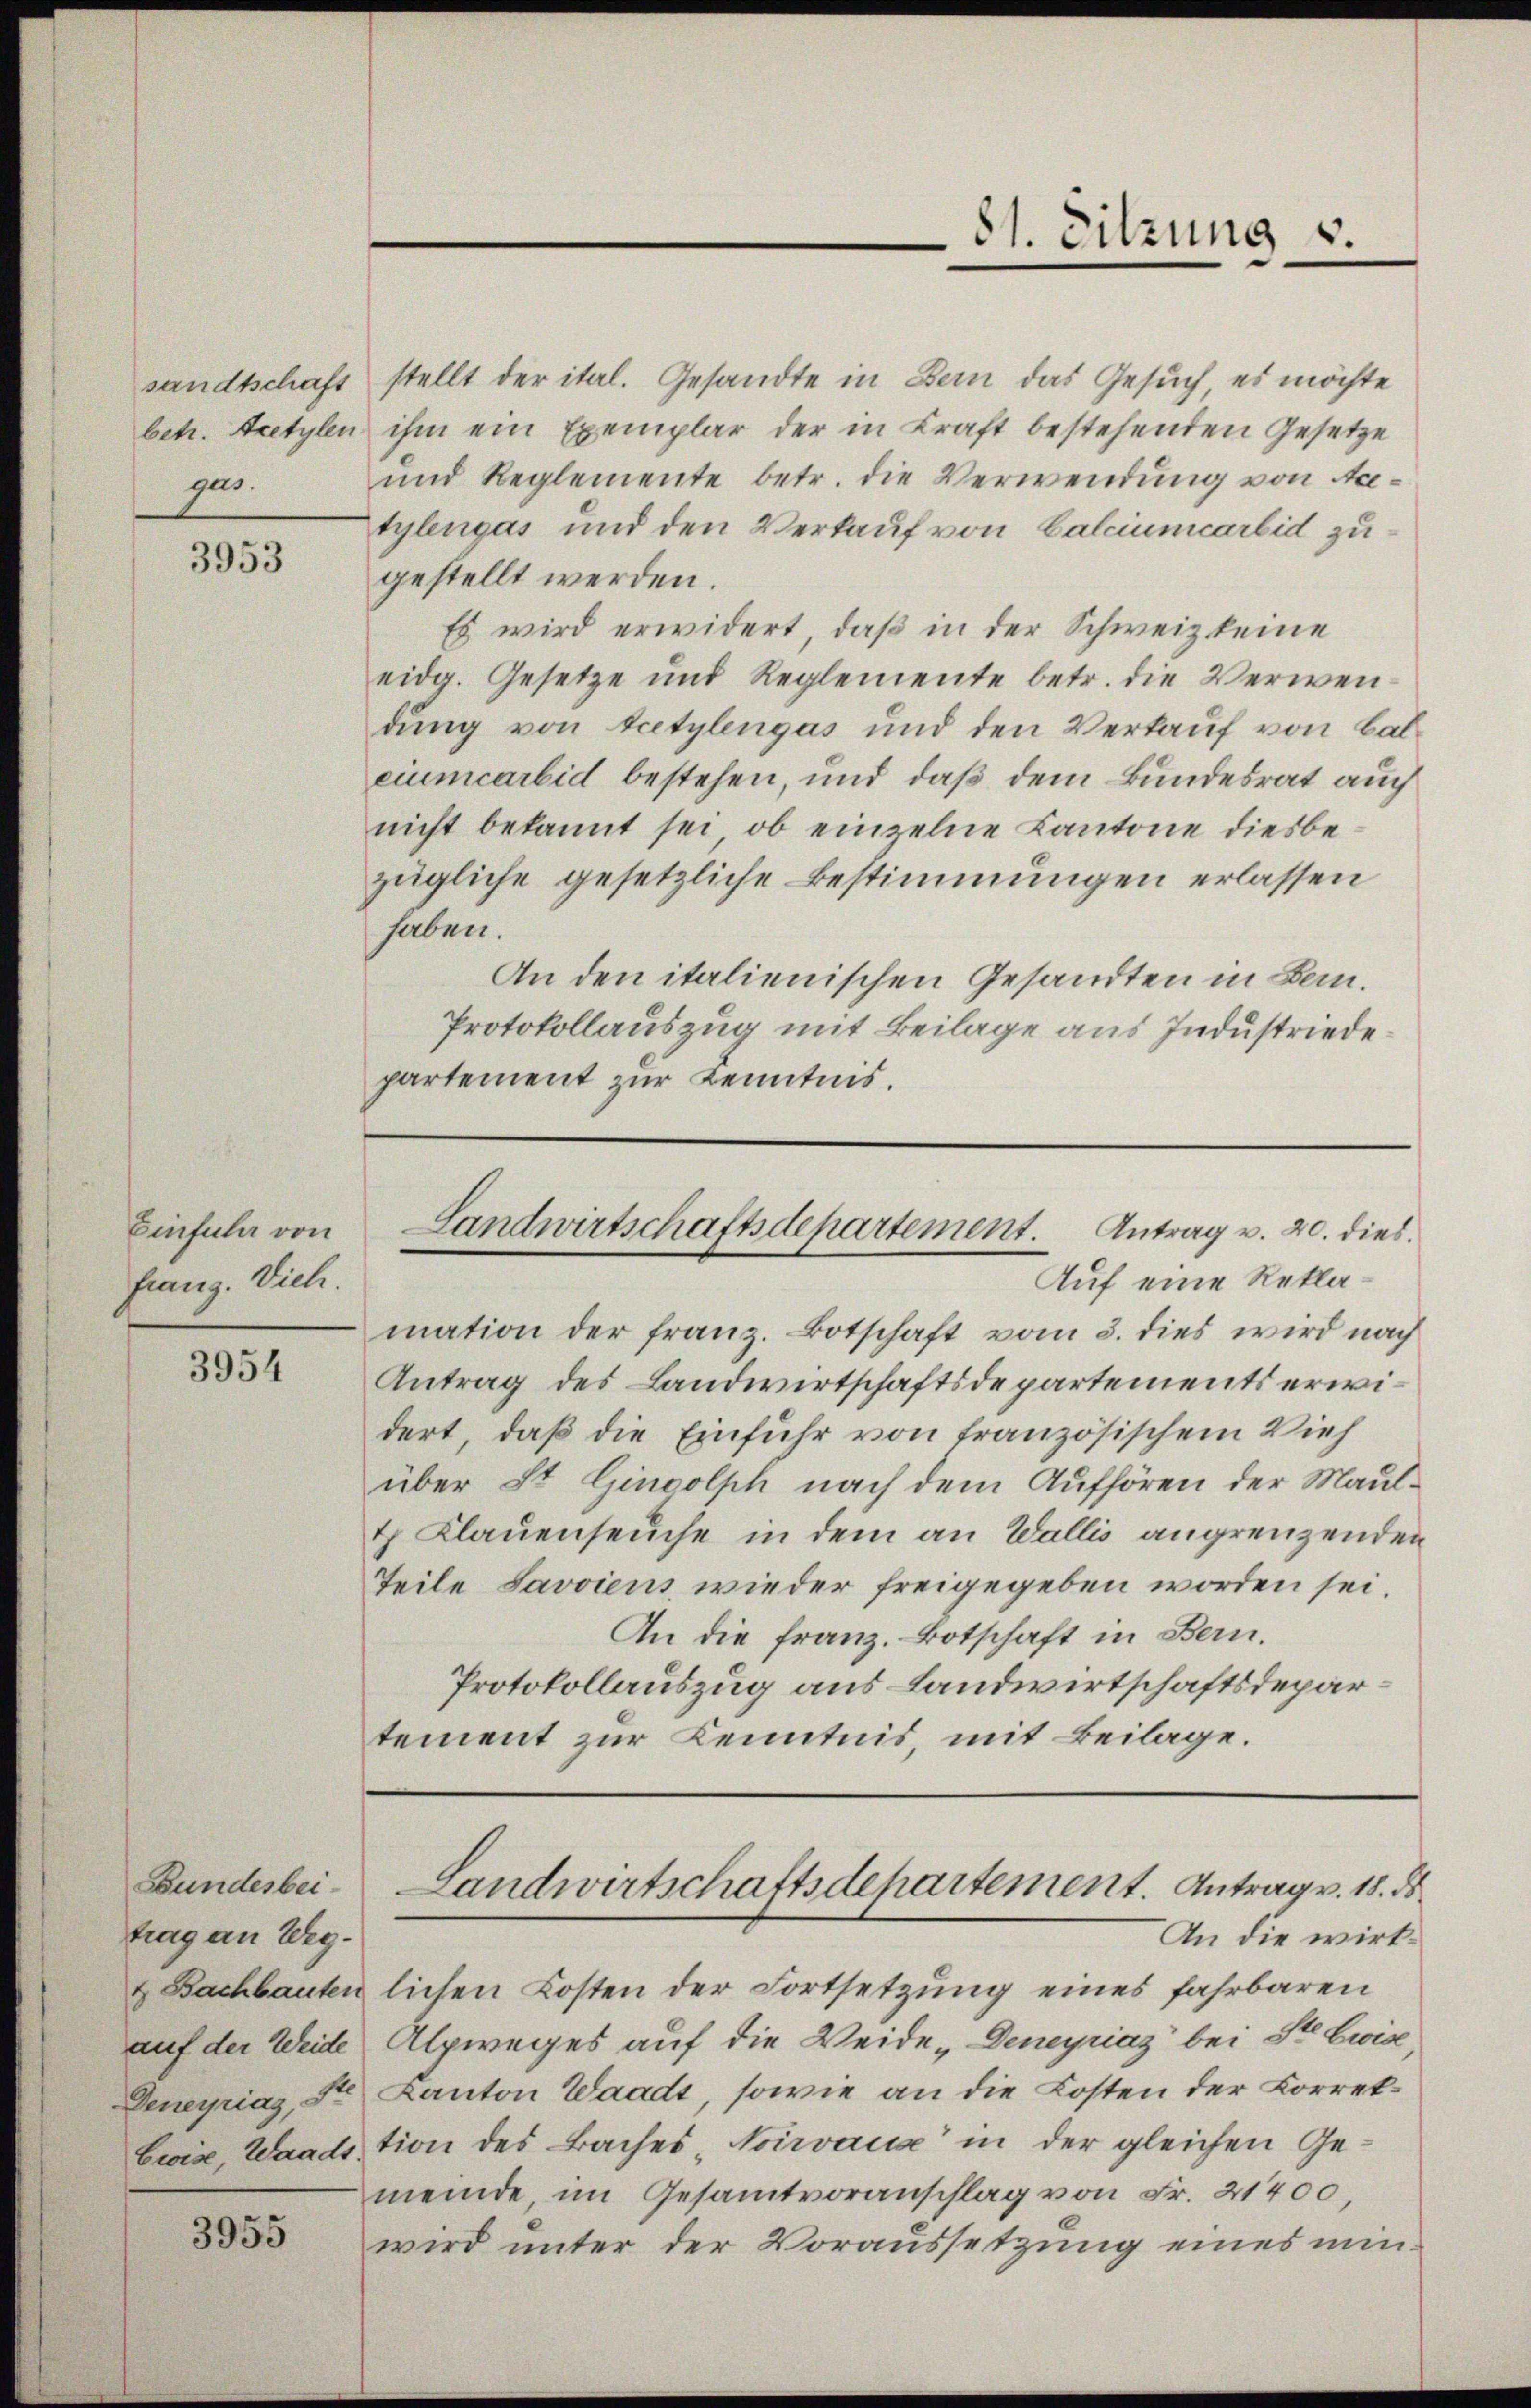
sandtschaft
betr. Acetylen
pur.

3953

Einfular von
franz. Vieh.

3954

Bundesbeitrag an Wegauf der Weide

3955

stellt der ital. Gesandte in Bern das Gesuch, es möchte
ihm ein Exemplar der in Kraft bestehenden Gesetze
und Reglemente betr. die Verwendung von Aatylengas und den Verkauf von Calciumcarbid zugestellt werden.
Es wird erwidert, daß in der Schweiz keine
eidg. Gesetze und Reglemente betr. die Verwendung von tcetylengas und den Verkauf von Balciumcareid bestehen, und daß dem Bundesrat auch
nicht bekannt sei, ob einzelne Kantone diesbezügliche gesetzliche Bestimmungen erlassen
haben.
An den italienischen Gesandten in Bern.
Protokollauszug mit Beilage aus Industriedepartement zur Kenntnis.

Landwirtschaftsdepartement. Antrag v. 20. dies
Auf eine Rekla¬

mation der franz. Botschaft vom 3. dies wird nach
Antrag des Landwirtschaftsdepartements erwidert, daß die Einfuhr von französischem Vieh
über St. Ginsolph nach dem Aufhören der Mault Klauenseuche in dem an Wallis angrenzenden
Teile Savoiens wieder freigegeben worden sei.
An die Franz. Botschaft in Bern.
Protokollauszug aus Landwirtschaftsdepartement zur Kenntnis, mit Beilage.

81. Sitzung u.

Landwirtschaftsdepartement. Antrag v. 18. ds.
An die wirk¬

& Bachbauten lichen Kosten der Fortsetzung eines fahrbaren
Alpweges auf die Weide „Deneyriaz bei St. Luise
Deneyrias, St. Kanton Waadt, sowie an die Kosten der Korrek¬
Ewis, Waadstion des Baches Noirvaux in der gleichen Ge-
meinde, im Gesamtvoranschlag von Fr. 21400,
wird unter der Voraussetzung eines min¬